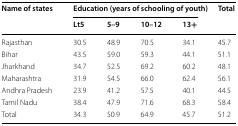
<table><thead><tr><td rowspan="2"><b>Name of states</b></td><td colspan="4"><b>Education (years of schooling of youth)</b></td><td rowspan="2"><b>Total</b></td></tr><tr><td><b>Lt5</b></td><td><b>5–9</b></td><td><b>10–12</b></td><td><b>13+</b></td></tr></thead><tbody><tr><td>Rajasthan</td><td>30.5</td><td>48.9</td><td>70.5</td><td>34.1</td><td>45.7</td></tr><tr><td>Bihar</td><td>43.5</td><td>59.0</td><td>59.3</td><td>44.1</td><td>51.1</td></tr><tr><td>Jharkhand</td><td>34.7</td><td>52.5</td><td>69.2</td><td>60.2</td><td>48.1</td></tr><tr><td>Maharashtra</td><td>31.9</td><td>54.5</td><td>66.0</td><td>62.4</td><td>56.1</td></tr><tr><td>Andhra Pradesh</td><td>23.9</td><td>41.2</td><td>57.5</td><td>40.1</td><td>44.5</td></tr><tr><td>Tamil Nadu</td><td>38.4</td><td>47.9</td><td>71.6</td><td>68.3</td><td>58.4</td></tr><tr><td>Total</td><td>34.3</td><td>50.9</td><td>64.9</td><td>45.7</td><td>51.2</td></tr></tbody></table>